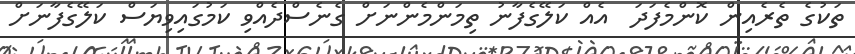
ތަކުގެ ތެރެއިން ކޮންމެފަދަ  އެއް ކަލޭގެފާނު ތިމަންމެންނަށް ގެނެސްދެއްވި ކަމުގައިވިޔަސް ކަލޭގެފާނަށް